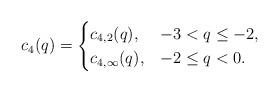
LaTeX: \begin{align*}c_{4}(q) = \begin{cases} c_{4,2}(q), & -3 < q \leq -2, \\ c_{4,\infty}(q), & -2 \leq q < 0. \end{cases}\end{align*}